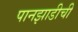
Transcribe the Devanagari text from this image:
पानझाडीची